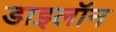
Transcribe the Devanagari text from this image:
डाइलॉन